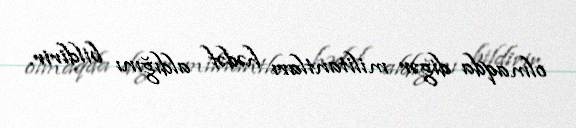
olmaqda digər militantları hədəf aldığını bildirir.